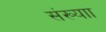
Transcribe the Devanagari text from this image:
संख्याा